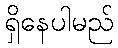
ရှိနေပါမည်